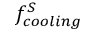
f _ { c o o l i n g } ^ { S }